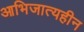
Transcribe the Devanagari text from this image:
आभिजात्यहीन